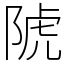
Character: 䖎